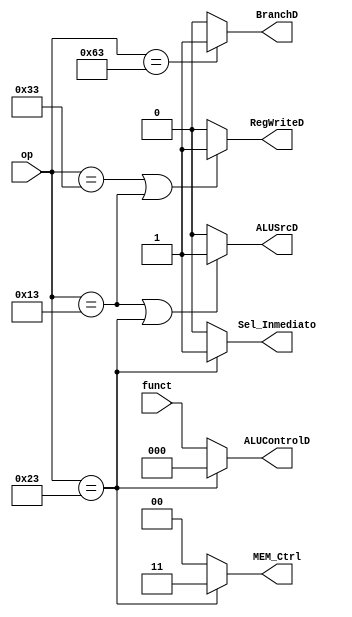
`timescale 1ns / 1ps

module ctrl_unit(
	input wire [6:0]op,
	input wire [2:0]funct,
	output reg [1:0] MEM_Ctrl,
	output reg [0:0] RegWriteD, Sel_Inmediato, ALUSrcD, BranchD,
	output reg [2:0] ALUControlD
    );
            
    
    //////////////
    //// DECO ////
    //////////////
    
        // RegWriteD: Seal de escritura de banco de registros 
        // Sel_Inmediato: 
        // BranchD: seal que determina si la instruccin es tipo Branch
         
    //////////////     
    //// EXE  ////
    //////////////
    
        // ALUSrcD: Mux de EXE, escoge entre inmediato y registro en EXE
        // ALUControl: 3 bits para escoger la operacin de la ALU
    
    //////////////
    //// MEM  ////    
    //////////////
        
        // MEM_Ctrl: Seal de control de la memoria (2 bits) {MSB: Enable,  LSB: write o read }
        
        
    
    

    always @(*)begin
        
        // DECO
        if ((op == 7'b0110011)||(op == 7'b0010011))
            RegWriteD = 1'b1;
        else
            RegWriteD = 1'b0;
        
        
        if (op == 7'b0100011)
            Sel_Inmediato = 1'b1;
        else
            Sel_Inmediato = 1'b0;
            
        
        if (op == 7'b1100011)
            BranchD = 1'b1;
        else
            BranchD = 1'b0;
        
        
        
        //RegWriteD = (op == 7'b0110011) || (op == 7'b0010011);
        //Sel_Inmediato = (op == 7'b0100011);
        //BranchD=(op==7'b1100011);
        
        // EXE
        if(op==7'b0100011)
            ALUControlD=3'b000;
        else
            ALUControlD=funct;
        
        
        if ((op==7'b0010011)||(op==7'b0100011))
            ALUSrcD = 1'b1;
        else
            ALUSrcD = 1'b0;
        
        // MEM
        if (op == 7'b0100011)
            MEM_Ctrl = 2'b11;
        else 
            MEM_Ctrl = 2'b00;

    end
endmodule